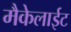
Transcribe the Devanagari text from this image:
मैकेलाईट